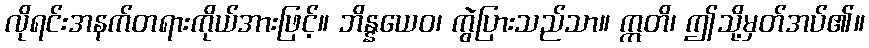
လိုရင်းအနက်တရားကိုယ်အားဖြင့်။ ဘိန္နယေဝ၊ ကွဲပြားသည်သာ။ ဣတိ၊ ဤသို့မှတ်အပ်၏။